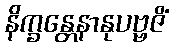
နိက္ခန္တေနာနုပဗ္ဗဇိံ